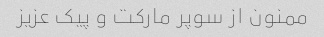
ممنون از سوپر مارکت و پیک عزیز